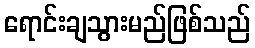
ရောင်းချသွားမည်ဖြစ်သည်